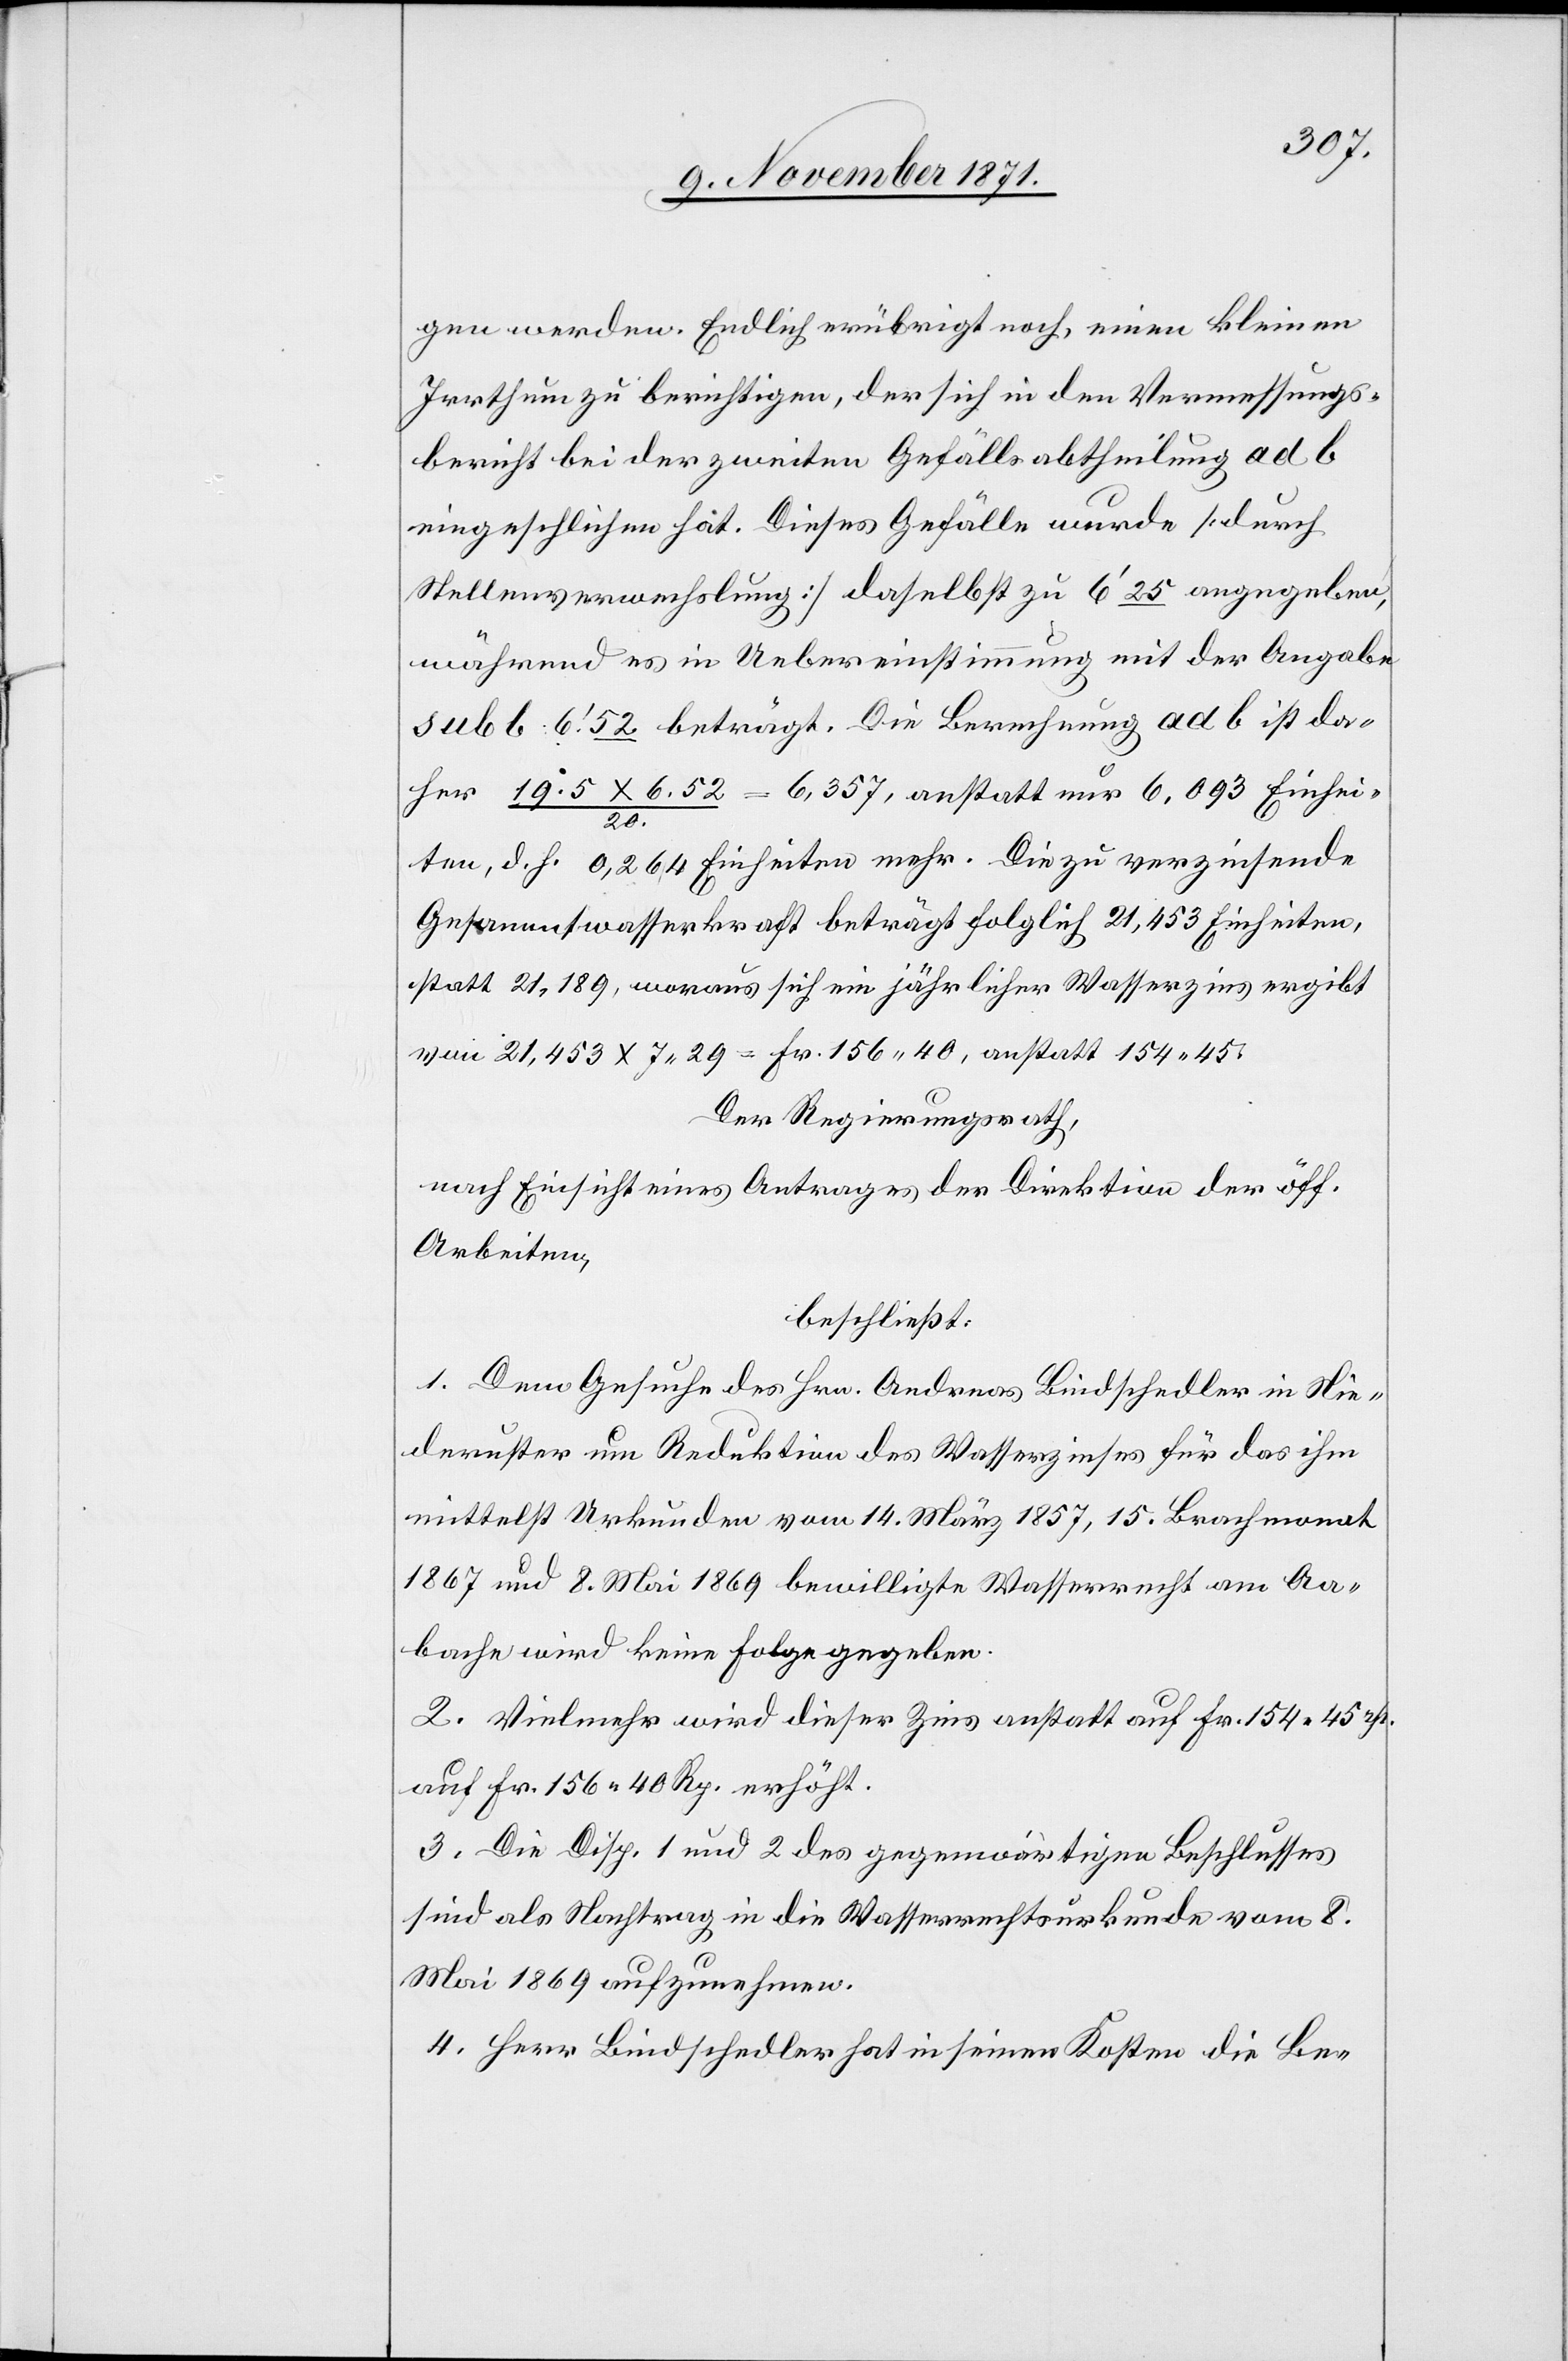
gen werden. Endlich erübrigt noch, einen kleinen
Irrthum zu berichtigen, der sich in den Vermessungs¬
bericht bei der zweiten Gefällsabtheilung ad b
eingeschlichen hat. Dieses Gefälle wurde [durch
Stellenverwechslung] daselbst zu 6’25 angegeben,
während es in Uebereinstimmung mit der Angabe
sub b: 6’52 beträgt. Die Berechnung ad b ist da¬
her 19.5 x 6.52 / 20 = 6,357, anstatt nur 6,093 Einhei¬
ten, d. h. 0,264 Einheiten mehr. Die zu verzeichnende
Gesammtwasserkraft beträgt folglich 21,453 Einheiten,
statt 21,189, woraus sich ein jährlicher Wasserzins ergibt
von 21,453 x 7,29 = Fr. 156,40, anstatt 154,45.
Der Regierungsrath,
nach Einsicht eines Antrages der Direktion der öff.
Arbeiten,
beschließt:
1. Dem Gesuche des Hrn. Andreas Bindschedler in Nie¬
deruster um Reduktion des Wasserzinses für das ihm
mittelst Urkunden vom 14. März 1857, 15. Brachmonat
1867 und 8. Mai 1869 bewilligte Wasserrecht am Aa¬
bache wird keine Folge gegeben.
2. Vielmehr wird dieser Zins anstatt auf Fr. 154, 45 Rp.
auf Fr. 156, 40 Rp. erhöht.
3. Die Disp. 1 und 2 des gegenwärtigen Beschlusses
sind als Nachtrag in die Wasserrechtsurkunde vom 8.
Mai 1869 aufzunehmen.
4. Herr Bindschedler hat in seinen Kosten die Be-